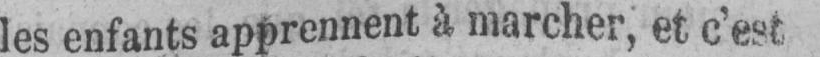
les enfants apprennent à marcher, et c’est